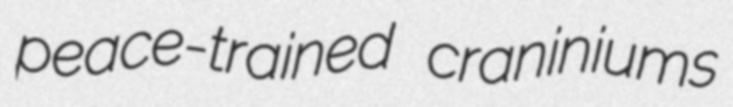
peace-trained craniniums